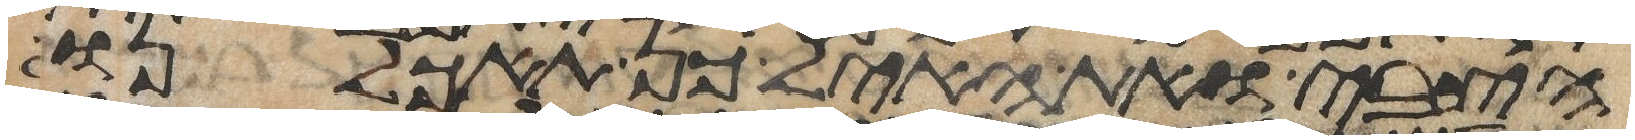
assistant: הצבי ואת האיל כן תאכלנו